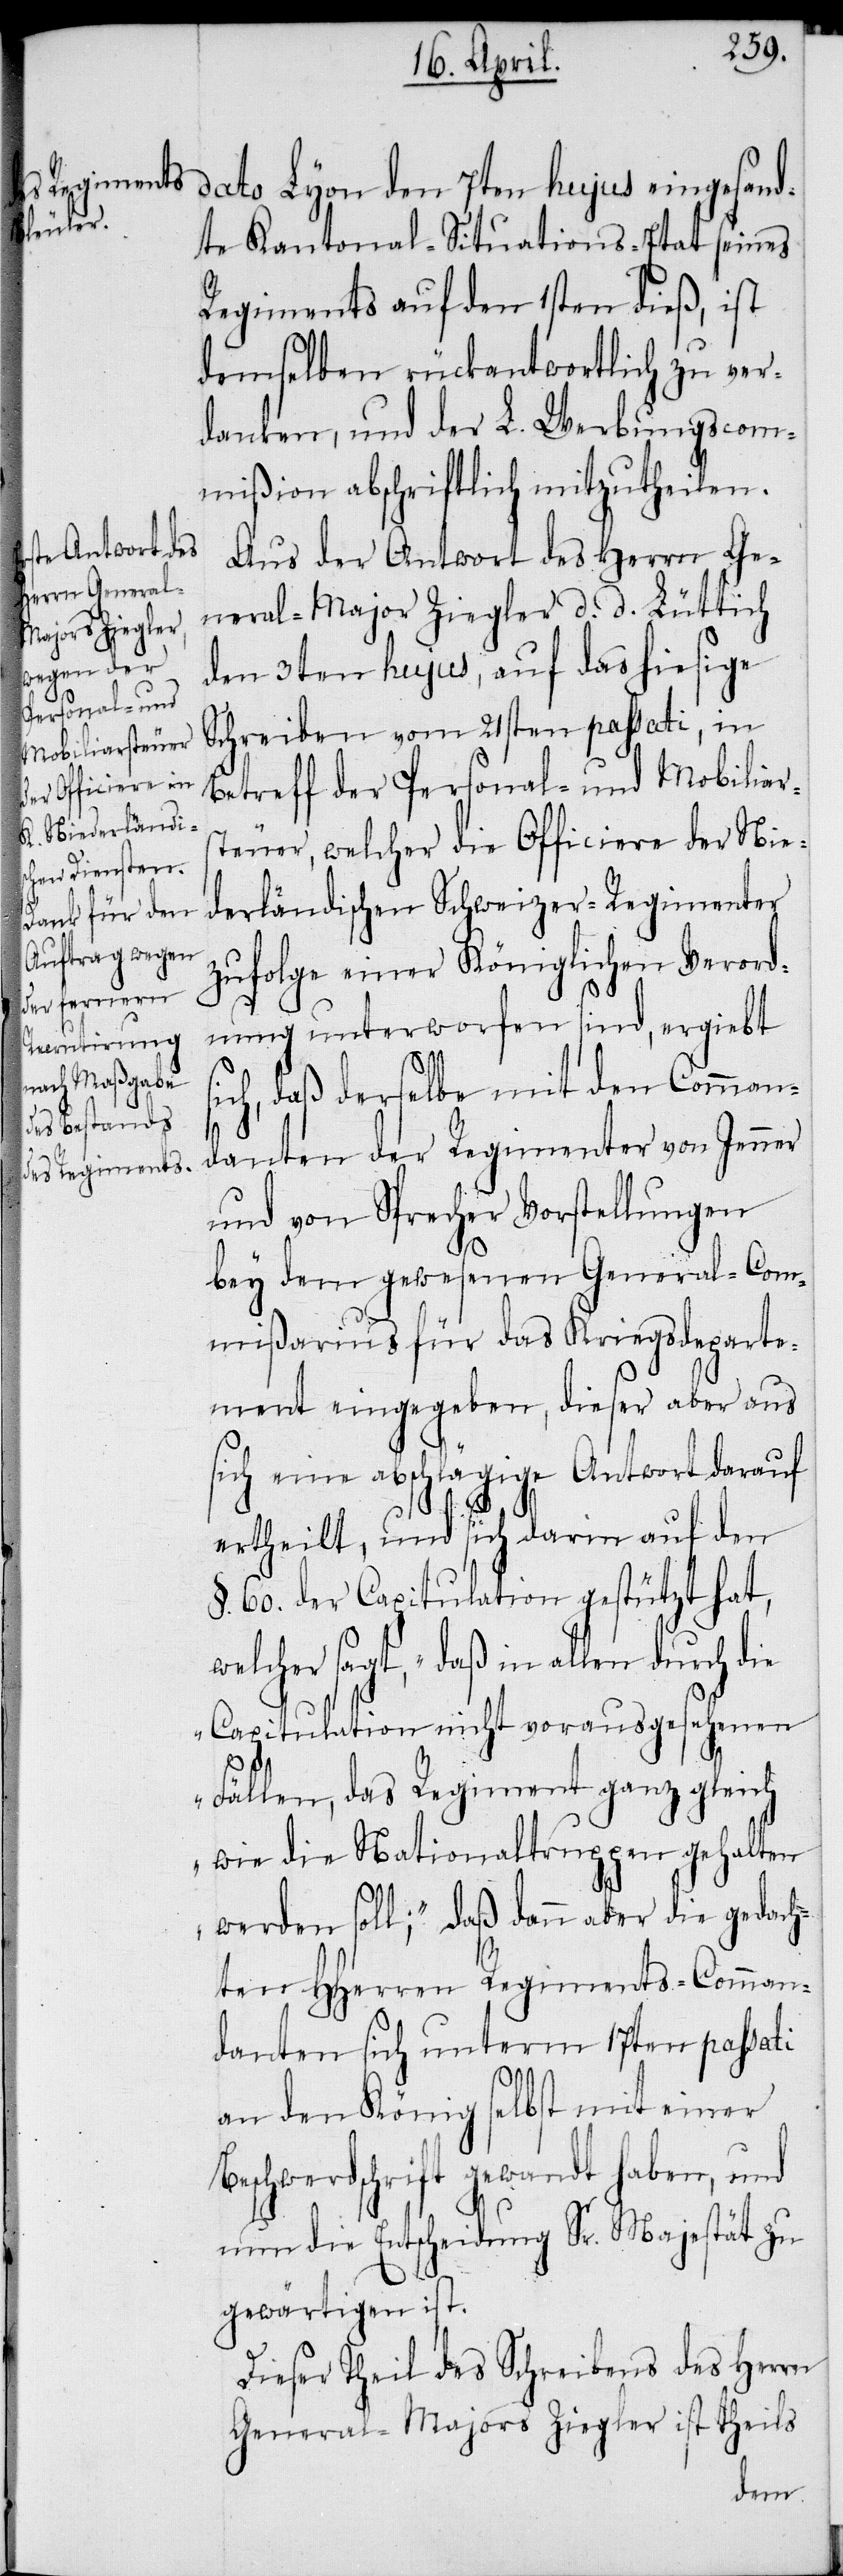
dato Lyon den 7ten hujus eingesand¬
te Kantonal-Situations-Etat seines
Regiments auf den 1sten dieß, ist
demselben rückantwortlich zu ver¬
danken, und der L. Werbungscom¬
mißion abschriftlich mitzutheilen.
Aus der Antwort des Herrn Ge¬
neral-Major Ziegler d. d. Lüttich
den 3ten hujus, auf das hiesige
Schreiben vom 21sten passati, in
Betreff der Personal- und Mobiliar¬
steuer, welcher die Officiere der Nie¬
derländischen Schweizer-Regimenter
zufolge einer Königlichen Verord¬
nung unterworfen sind, ergiebt s¬
ich, daß derselbe mit den Comman¬
danten der Regimenter von Jenner
und von Sprecher Vorstellungen
bey dem gewesenen General-Com¬
mißarius für das Kriegsdeparte¬
ment eingegeben, dieser aber aus
sich eine abschlägige Antwort darauf
ertheilt, und sich darin auf den
§. 60. der Capitulation gestützt hat,
welcher sagt, „daß in allen durch die
Capitulation nicht vorausgesehenen
Fällen, das Regiment ganz gleich
wie die Nationaltruppen gehalten
werden soll;“ daß dann aber die gedach¬
ten HHerren Regiments-Comman¬
danten sich unterm 17ten passati
an den König selbst mit einer
Beschwerdschrift gewandt haben, und
nun die Entscheidung Sr. Majestät zu
gewärtigen ist.
Dieser Theil des Schreibens des Herrn
General-Majors Ziegler ist theils